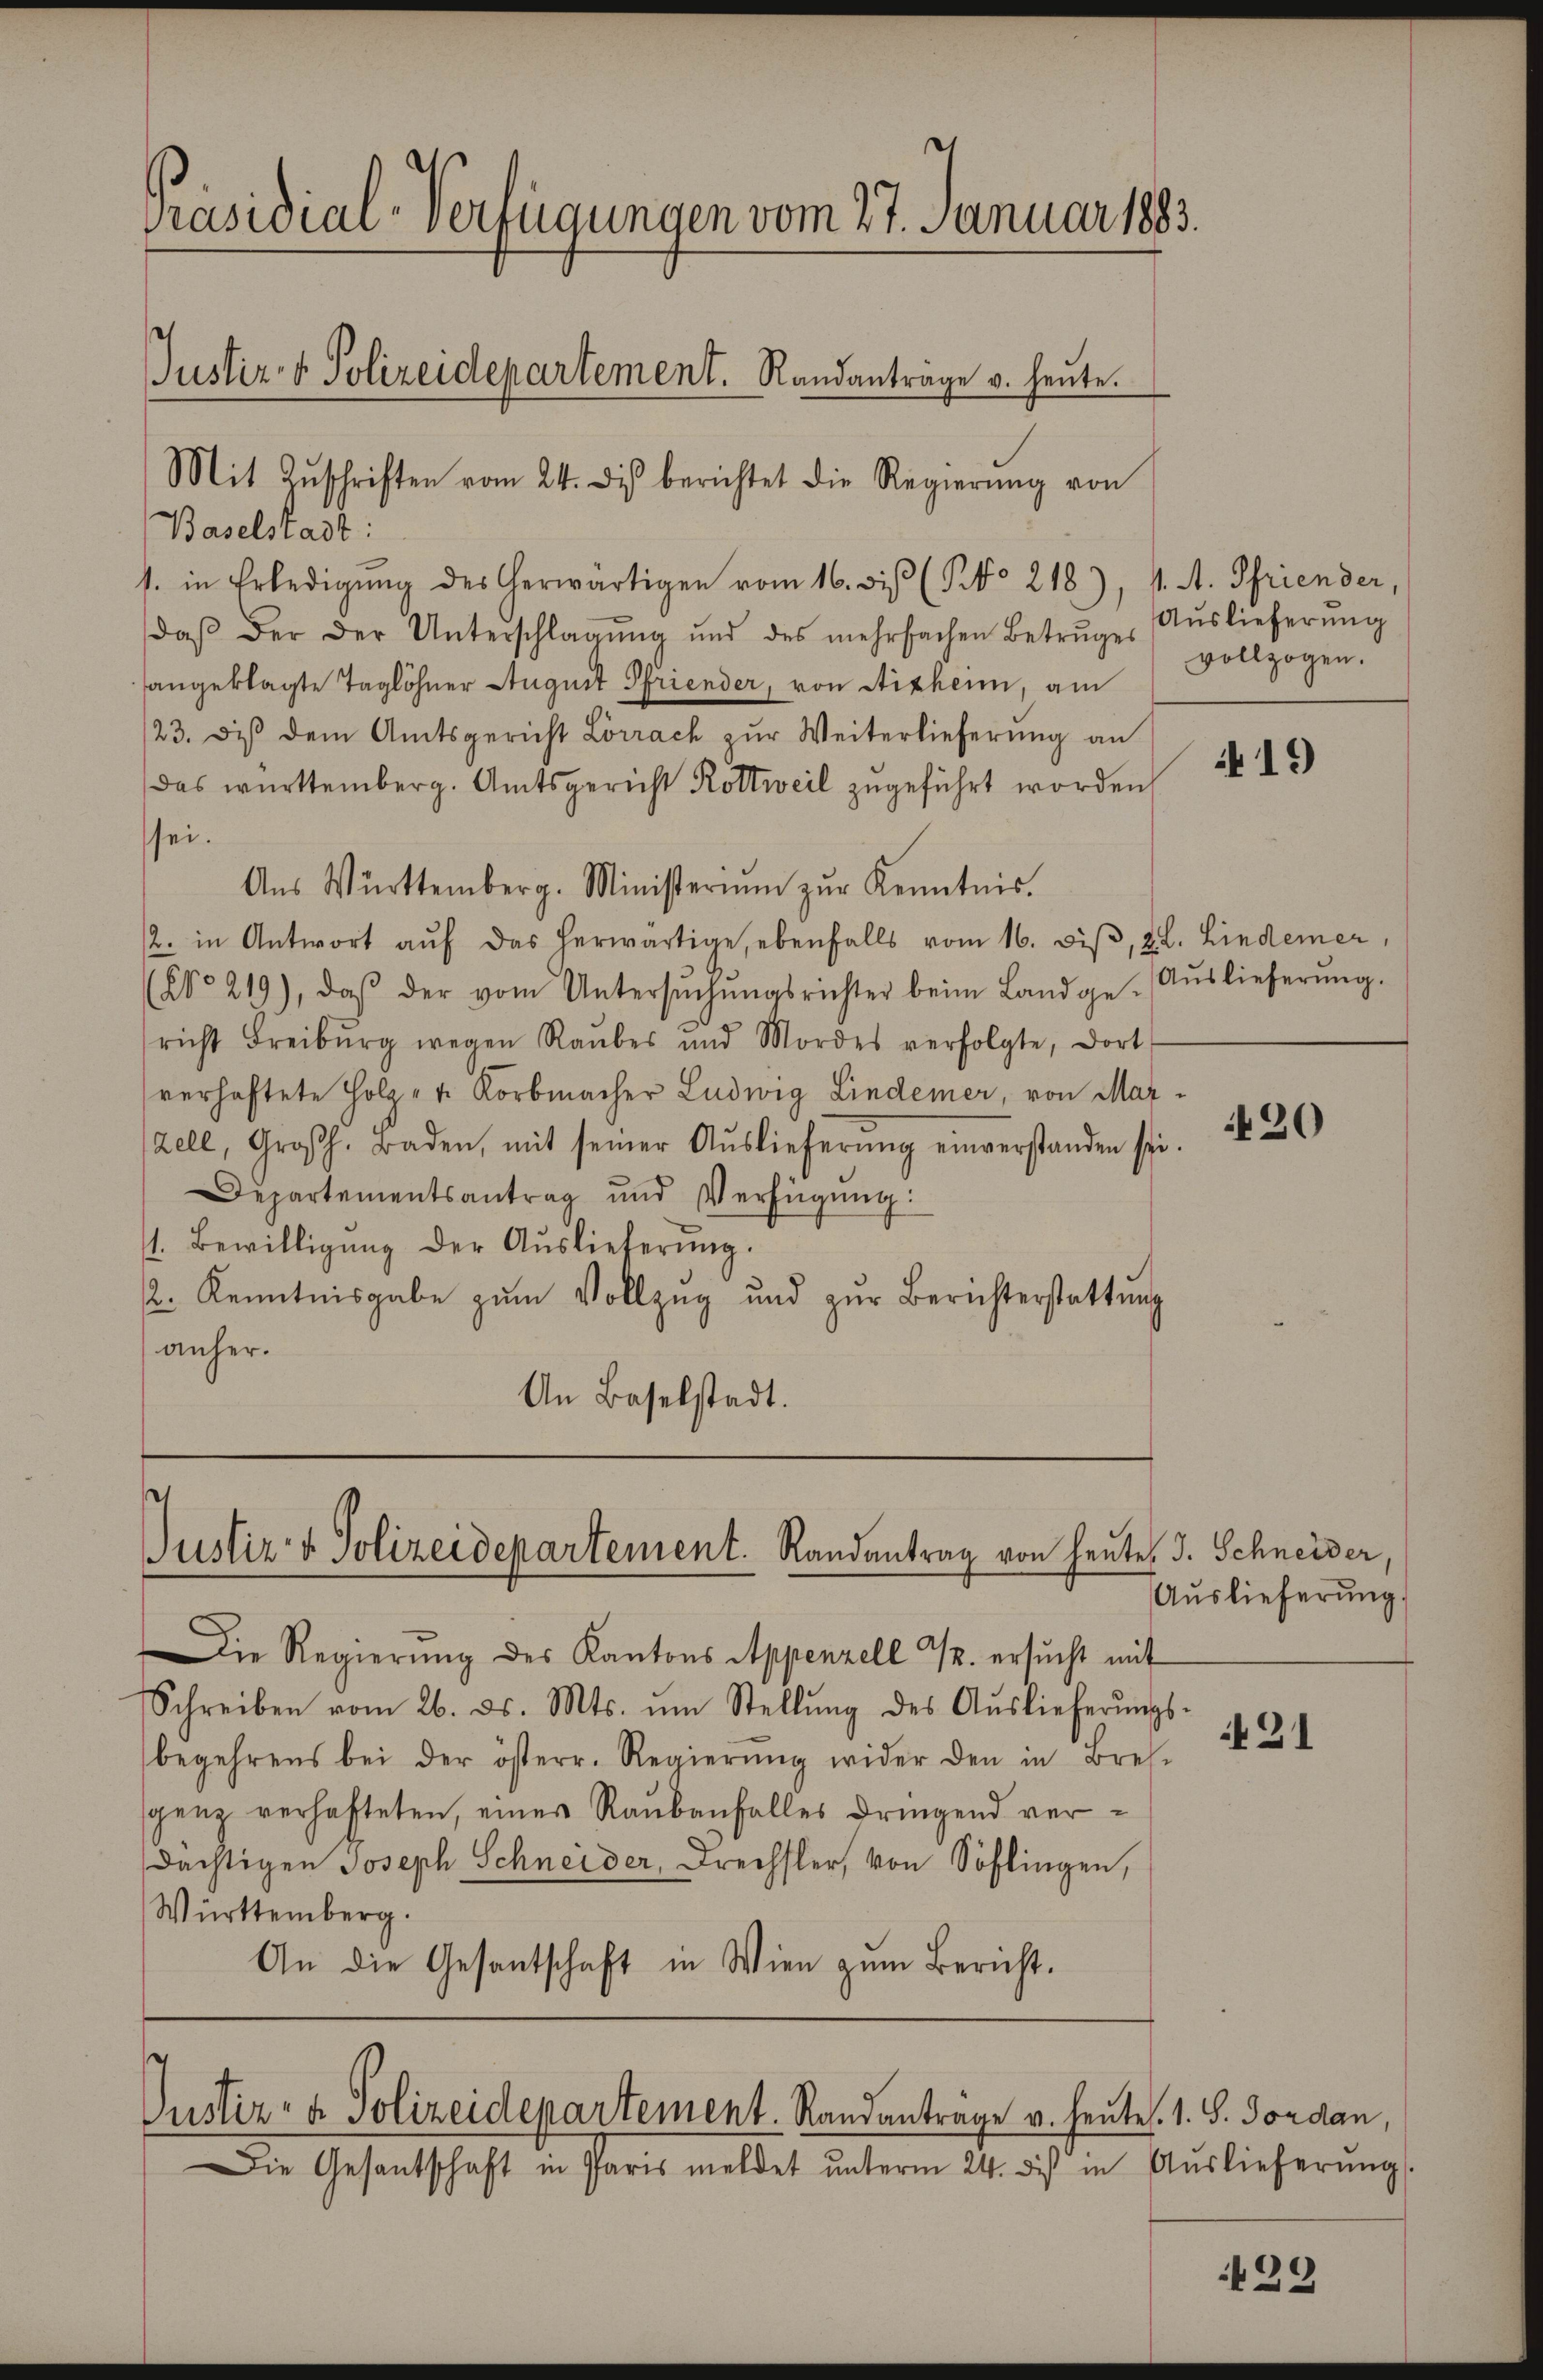
Baselstadt:
1. in Erledigŭng des herwärtigen vom 16. di (§ 218), 4. A. Pfriender,
daβ der der Unterschlagŭng ŭnd des mehrfachen Betrüger Aŭslieferŭng
sangeklagte Taglöhner August Priender, von Stichen, am
23. diβ dem Amtsgericht Lörrach zur Weiterlieferung an
Das württemberg. Amtsgericht Kottweil zugeführt worden,
sei.
Aŭs Württemberg. Ministeriŭm zŭr Kenntnis.
2. in Antwort aŭf das herwärtige, ebenfalls vom 16. diβ, 22. Lindemer,
(No 219), daβ der vom Untersŭchŭngsrichter beim Landge-Aŭslieferŭng.
richt Freiburg wegen Raubes und Mordes verfolgte, dort
verhaftete Holz- u. Korbmacher Ludwig Lindemer, von Mar¬
Zell, Großh. Baden, mit seiner Aŭslieferŭng einverstanden sei.
Departementsantrag und Verfügŭng:
1. Bewilligŭng der Auslieferŭng.
2. Kenntnisgabe zum Vollzug und zŭr Berichterstattung
anher.
An Baselstadt.

Präsidial-Verfügungen vom 27. Januar 1883.
Justiz- & Polizeidepartement. Randantrage v. heute.

Mit Zŭschriften vom 24. des berichtet die Regierŭng von

s
Justiz- & Polizeidepartement. Randantrag von heutes J. Schneider,

Die Regierŭng des Kantons Appenzell 12. ersucht mit
Schreiben vom 26. ds. Mts. ŭm Stellŭng des Aŭslieferŭngs-
begehrens bei der österr. Regierŭng wider den in Bres-
genz verhafteten, eines Raubanfalles dringend verdächtigen Joseph Schneider, Drechsler, von Sohlingen,
Württemberg.
An die Gesantschaft in Wien zum Bericht.

Justiz- & Polizeidepartement. Randantrage v. heutes. 1. S. Jordan,

Die Gesantschaft in Paris meldet ŭnterm 24. des in Aŭslieferŭng.

vollzogen.

419

20

Auslieferŭng.

421

39